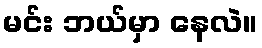
မင်း ဘယ်မှာ နေလဲ။